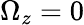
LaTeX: \Omega_{z}=0